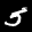
Label: 5